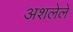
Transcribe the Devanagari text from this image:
अशलेले